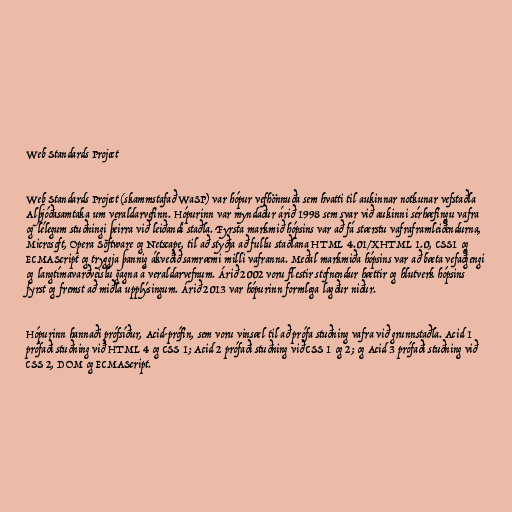
Web Standards Project

Web Standards Project (skammstafað WaSP) var hópur vefhönnuða sem hvatti til aukinnar notkunar vefstaðla
Alþjóðasamtaka um veraldarvefinn. Hópurinn var myndaður árið 1998 sem svar við aukinni sérhæfingu vafra
og lélegum stuðningi þeirra við leiðandi staðla. Fyrsta markmið hópsins var að fá stærstu vafraframleiðendurna,
Microsoft, Opera Software og Netscape, til að styðja að fullu staðlana HTML 4.01/XHTML 1.0, CSS1 og
ECMAScript og tryggja þannig ákveðið samræmi milli vafranna. Meðal markmiða hópsins var að bæta vefaðgengi
og langtímavarðveislu gagna á veraldarvefnum. Árið 2002 voru flestir stofnendur hættir og hlutverk hópsins
fyrst og fremst að miðla upplýsingum. Árið 2013 var hópurinn formlega lagður niður.

Hópurinn hannaði prófsíður, Acid-prófin, sem voru vinsæl til að prófa stuðning vafra við grunnstaðla. Acid 1
prófaði stuðning við HTML 4 og CSS 1; Acid 2 prófaði stuðning við CSS 1 og 2; og Acid 3 prófaði stuðning við
CSS 2, DOM og ECMAScript.